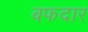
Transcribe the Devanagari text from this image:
बफदार